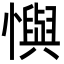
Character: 懙